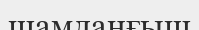
шамданғыш